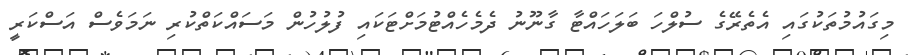
މިގައުމުތަކުގައި އެތެރޭގެ ސުލްހަ ބަލަހައްޓާ ގާނޫނު ދެމެހެއްޓުމަށްޓަކައި ފުލުހުން މަސައްކަތްކުރި ނަމަވެސް އަސްކަރީ